Annual statistical returns and brief notes on vaccination in Bengal - 1887-1898
Year: 1887
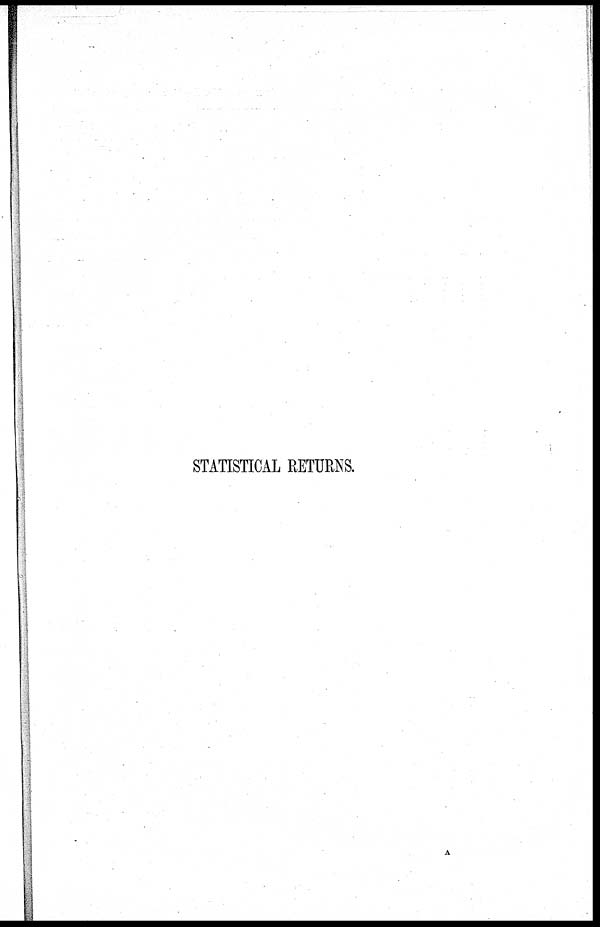
STATISTICAL RETURNS.
A